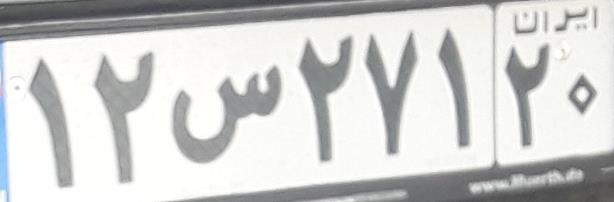
۱۲س۲۷۱۲۰